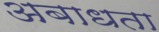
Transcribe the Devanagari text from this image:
अबाधता